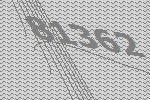
81362